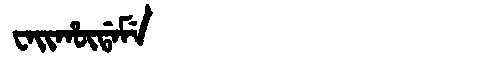
Manchu: ᠸᠠᡳᡥᡡᡩᠠᠮᡝ
Romanization: WAIHŪDAME